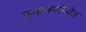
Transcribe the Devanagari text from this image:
स्नानसंध्येत